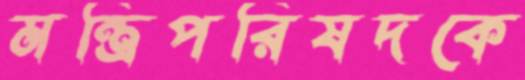
মন্ত্রিপরিষদকে